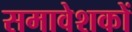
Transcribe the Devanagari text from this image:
समावेशकों